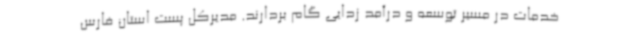
خدمات در مسیر توسعه و درآمد زدایی گام بردارند. مدیرکل پست استان فارس